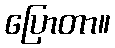
ပြောတာ။